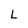
Character: L